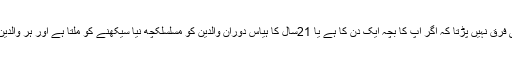
بھارتی ذرائع ابلاغ کے مطابق اداکارہ لارا دتہ نے کہا ہے کہ اس بات سے کوئی فرق نہیں پڑتا کہ اگر آپ کا بچہ ایک دن کا ہے یا 21سال کا ہیاس دوران والدین کو مسلسلکچھ نیا سیکھنے کو ملتا ہے اور ہر والدین کا تجربہ مکمل طور پر مختلف ہوتا ہے لیکن یہ سب سے بڑی خوشی ہوتی ہے۔